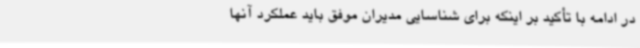
در ادامه با تأکید بر اینکه برای شناسایی مدیران موفق باید عملکرد آنها